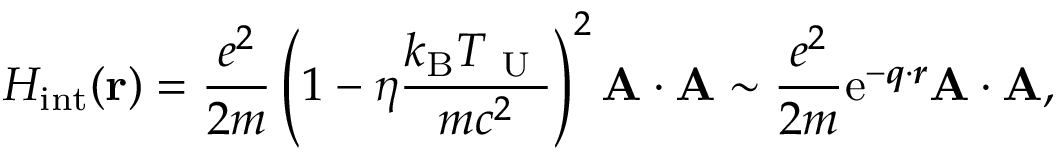
{ \cal H } _ { \mathrm { i n t } } ( { \bf r } ) = \frac { e ^ { 2 } } { 2 m } \left( 1 - \eta \frac { k _ { \mathrm { B } } T _ { \mathrm { ~ U ~ } } } { m c ^ { 2 } } \right) ^ { 2 } { \bf A } \cdot { \bf A } \sim \frac { e ^ { 2 } } { 2 m } \mathrm { e } ^ { - \mathbfit { q } \cdot \mathbfit { r } } { \bf A } \cdot { \bf A } ,